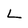
Character: L